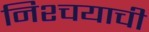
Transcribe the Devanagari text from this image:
निश्चयाची